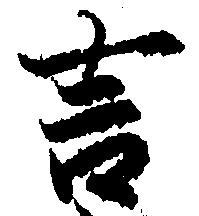
言